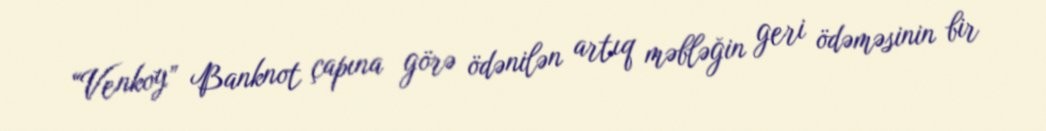
“Venkoy” Banknot çapına görə ödənilən artıq məbləğin geri ödəməsinin bir